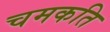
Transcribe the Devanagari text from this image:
चमकति